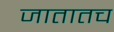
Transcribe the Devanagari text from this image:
जातातच